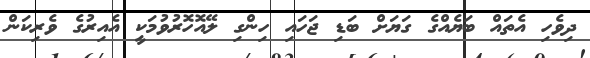
ދިވެހި އެތައް ބަޔެއްގެ ގަޔަށް ބަޑި ޖަހައި ހިންގި ލޭއޮހޮރުވުމަކީ އެއިރުގެ ވެރިކަން